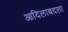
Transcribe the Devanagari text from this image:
आदिलाबदला